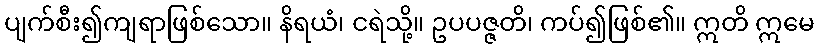
ပျက်စီး၍ကျရာဖြစ်သော။ နိရယံ၊ ငရဲသို့။ ဥပပဇ္ဇတိ၊ ကပ်၍ဖြစ်၏။ ဣတိ ဣမေ